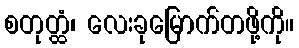
စတုတ္ထံ၊ လေးခုမြောက်တဖို့ကို။